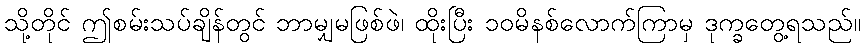
သို့တိုင် ဤစမ်းသပ်ချိန်တွင် ဘာမျှမဖြစ်ဖဲ၊ ထိုးပြီး ၁၀မိနစ်လောက်ကြာမှ ဒုက္ခတွေ့ရသည်။